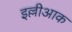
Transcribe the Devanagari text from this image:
इल्लीआक